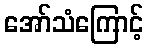
အော်သံကြောင့်